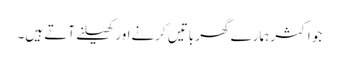
جو اکثر ہمارے گھر باتیں کرنےاور کھیلنے آتے ہیں۔